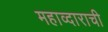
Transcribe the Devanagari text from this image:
महाव्दाराची